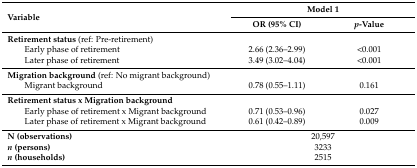
<table><thead><tr><td rowspan="2"><b>Variable</b></td><td colspan="2"><b>Model 1</b></td></tr><tr><td><b>OR (95% CI)</b></td><td><b><i>p</i>-Value</b></td></tr></thead><tbody><tr><td><b>Retirement status</b> (ref: Pre-retirement)</td><td></td><td></td></tr><tr><td>Early phase of retirement</td><td>2.66 (2.36–2.99)</td><td>&lt;0.001</td></tr><tr><td>Later phase of retirement</td><td>3.49 (3.02–4.04)</td><td>&lt;0.001</td></tr><tr><td><b>Migration background</b> (ref: No migrant background)</td><td></td><td></td></tr><tr><td>Migrant background</td><td>0.78 (0.55–1.11)</td><td>0.161</td></tr><tr><td><b>Retirement status x Migration background</b></td><td></td><td></td></tr><tr><td>Early phase of retirement x Migrant background</td><td>0.71 (0.53–0.96)</td><td>0.027</td></tr><tr><td>Later phase of retirement x Migrant background</td><td>0.61 (0.42–0.89)</td><td>0.009</td></tr><tr><td><b>N (observations)</b></td><td colspan="2">20,597</td></tr><tr><td><b><i>n</i> (persons)</b></td><td colspan="2">3233</td></tr><tr><td><b><i>n</i> (households)</b></td><td colspan="2">2515</td></tr></tbody></table>